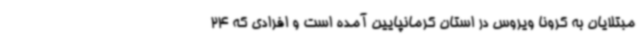
مبتلایان به کرونا ویروس در استان کرمانپایین آمده است و افرادی که 24